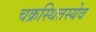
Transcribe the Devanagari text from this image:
चक्रस्थितस्येव